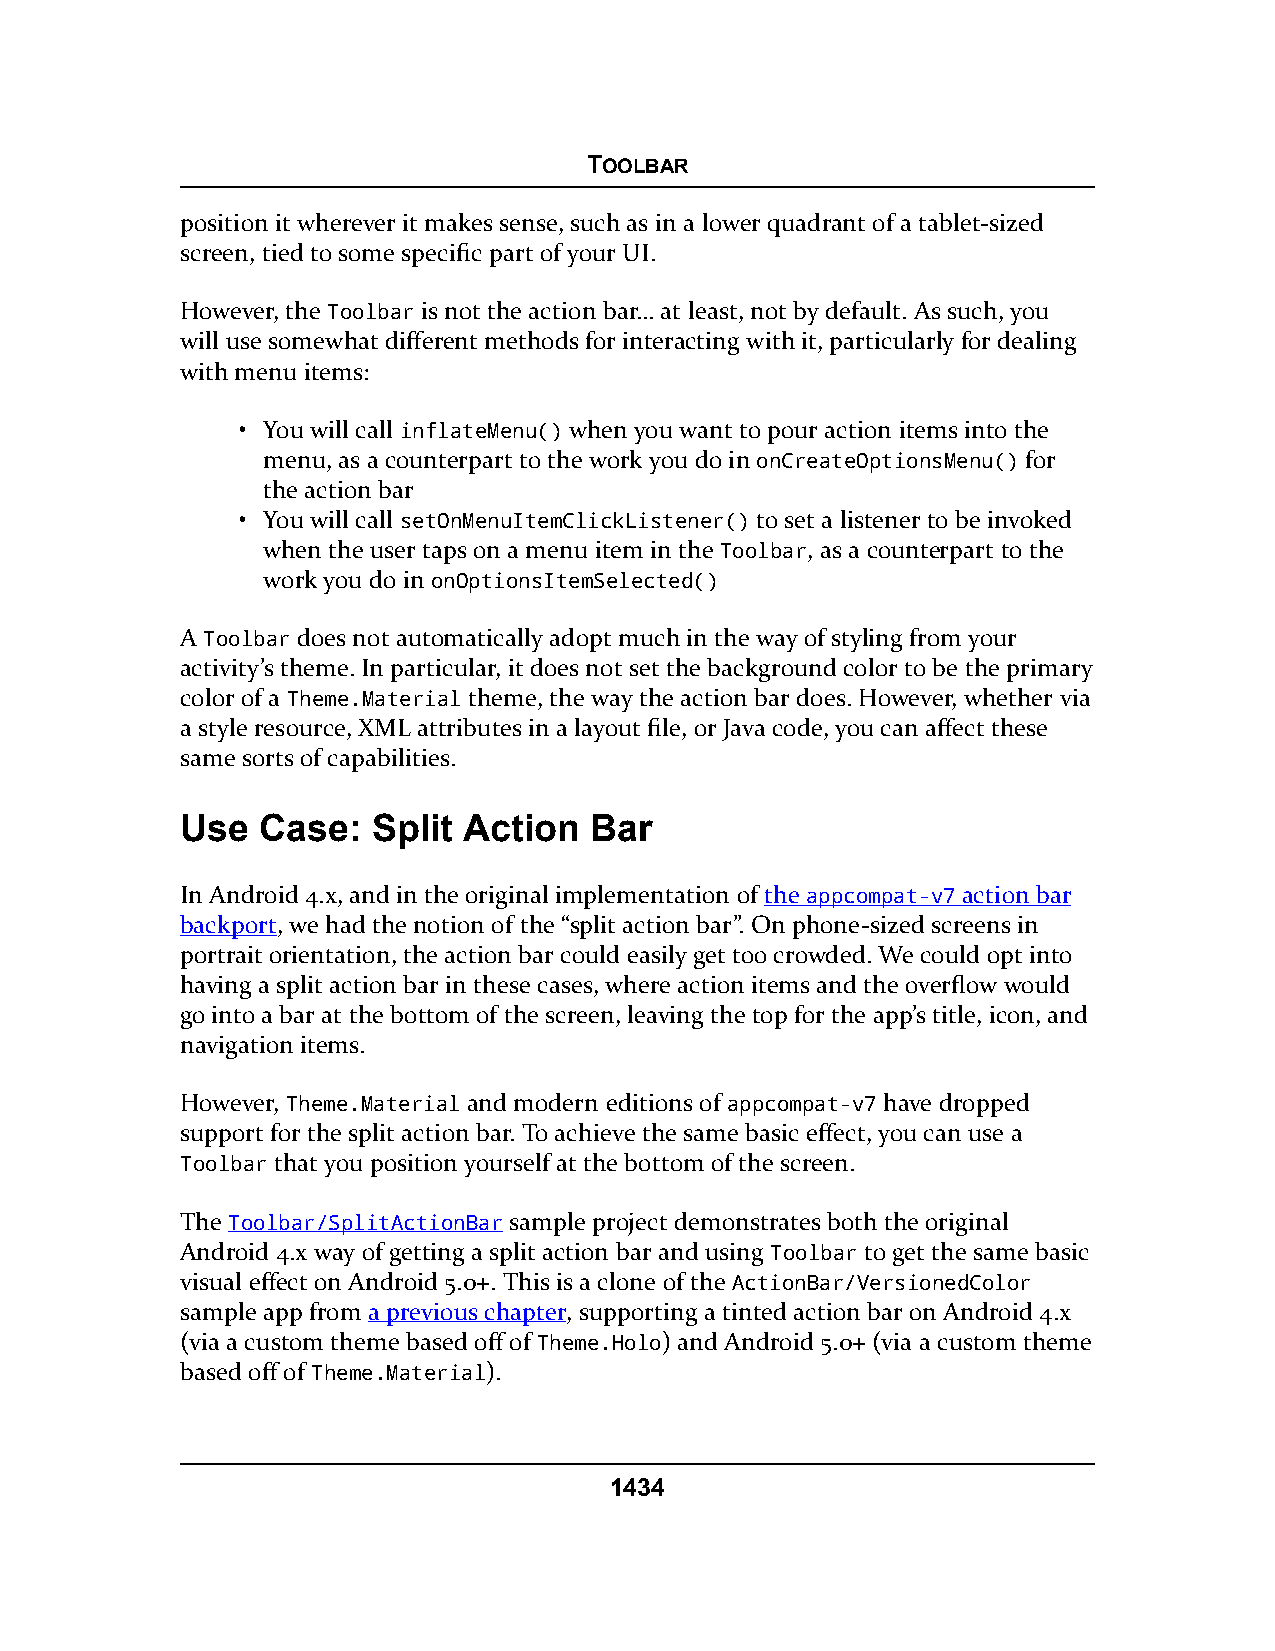
TOOLBAR
 position it wherever it makes sense, such as in a lower quadrant of a tablet-sized
 screen, tied to some specific part of your UI.
 However, the Toolbar is not the action bar… at least, not by default. As such, you
 will use somewhat different methods for interacting with it, particularly for dealing
 with menu items:
 • You will call inflateMenu() when you want to pour action items into the
 menu, as a counterpart to the work you do in onCreateOptionsMenu() for
 the action bar
 • You will call setOnMenuItemClickListener() to set a listener to be invoked
 when the user taps on a menu item in the Toolbar, as a counterpart to the
 work you do in onOptionsItemSelected()
 A Toolbar does not automatically adopt much in the way of styling from your
 activity’s theme. In particular, it does not set the background color to be the primary
 color of a Theme.Material theme, the way the action bar does. However, whether via
 a style resource, XML attributes in a layout file, or Java code, you can affect these
 same sorts of capabilities.
 Use  Case:   Split Action  Bar
 In Android 4.x, and in the original implementation of the appcompat-v7 action bar
 backport, we had the notion of the “split action bar”. On phone-sized screens in
 portrait orientation, the action bar could easily get too crowded. We could opt into
 having a split action bar in these cases, where action items and the overflow would
 go into a bar at the bottom of the screen, leaving the top for the app’s title, icon, and
 navigation items.
 However, Theme.Material and modern editions of appcompat-v7 have dropped
 support for the split action bar. To achieve the same basic effect, you can use a
 Toolbar that you position yourself at the bottom of the screen.
 The Toolbar/SplitActionBar sample project demonstrates both the original
 Android 4.x way of getting a split action bar and using Toolbar to get the same basic
 visual effect on Android 5.0+. This is a clone of the ActionBar/VersionedColor
 sample app from a previous chapter, supporting a tinted action bar on Android 4.x
 (via a custom theme based off of Theme.Holo) and Android 5.0+ (via a custom theme
 based off of Theme.Material).
 1434